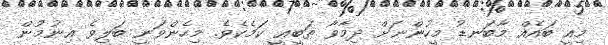
މިއީ ބައެއް މާބަނޑު މީހުންނަށް ދިމާވާ ޠަބީޢީ ކަމެކެވެ. މިހެންވަނީ ބަލިވެ އިނުމުން